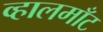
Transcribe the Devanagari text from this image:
व्हालमाँट